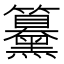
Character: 䵵